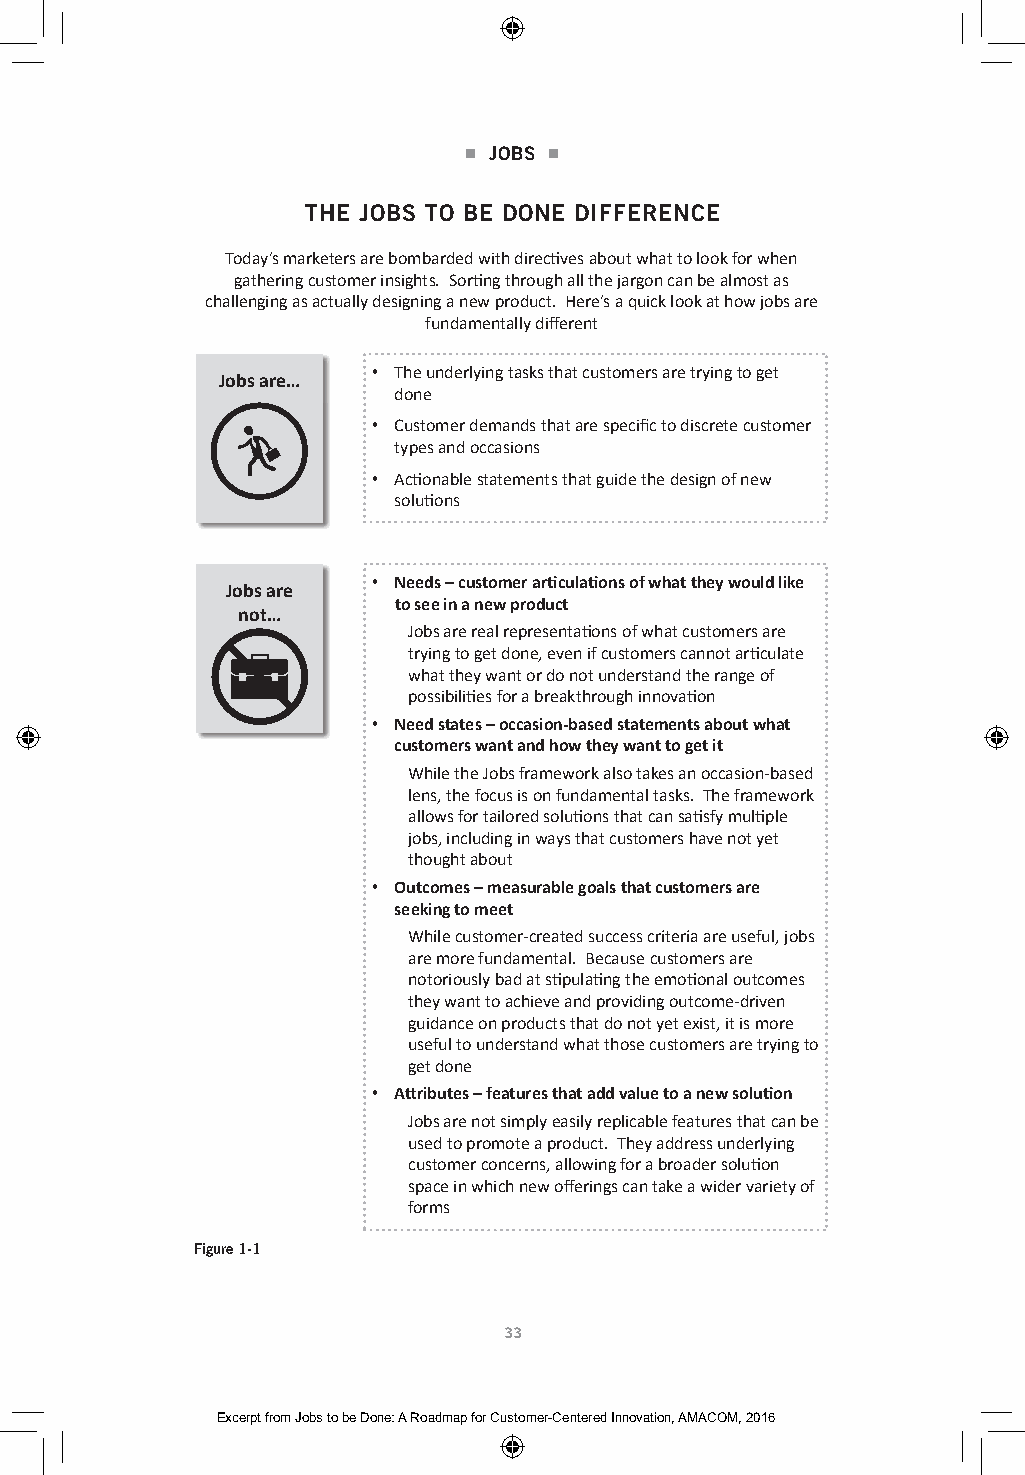
■ JOBS ■
 THE JOBS TO BE DONE D IFFERENCE
 THE JOBS TO BE DONE DIFFERENCE
 Today’s marketers are bombarded with directives about what to look for when
 gathering customer insights. Sorting through all the jargon can be almost as
 challenging as actually designing a new product. Here’s a quick look at how jobs are
 fundamentally different
 • The underlying tasks that customers are trying to get
 Jobs are…
 done
 • Customer demands that are specific to discrete customer
 types and occasions
 • Actionable statements that guide the design of new
 solutions
 • Needs – customer articulations of what they would like
 Jobs are
 to see in a new product
 not…
 Jobs are real representations of what customers are
 trying to get done, even if customers cannot articulate
 what they want or do not understand the range of
 possibilities for a breakthrough innovation
 • Need states – occasion-based statements about what
 customers want and how they want to get it
 While the Jobs framework also takes an occasion-based
 lens, the focus is on fundamental tasks. The framework
 allows for tailored solutions that can satisfy multiple
 jobs, including in ways that customers have not yet
 thought about
 • Outcomes – measurable goals that customers are
 seeking to meet
 While customer-created success criteria are useful, jobs
 are more fundamental. Because customers are
 notoriously bad at stipulating the emotional outcomes
 they want to achieve and providing outcome-driven
 guidance on products that do not yet exist, it is more
 useful to understand what those customers are trying to
 get done
 • Attributes – features that add value to a new solution
 Jobs are not simply easily replicable features that can be
 used to promote a product. They address underlying
 customer concerns, allowing for a broader solution
 space in which new offerings can take a wider variety of
 forms
 Figure 1-1
 33
 Excerpt from Jobs to be Done: A Roadmap for Customer-Centered Innovation, AMACOM, 2016